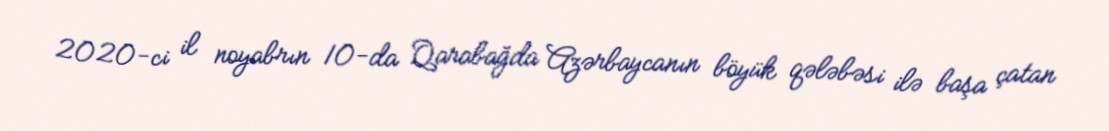
2020-ci il noyabrın 10-da Qarabağda Azərbaycanın böyük qələbəsi ilə başa çatan